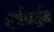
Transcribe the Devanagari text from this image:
हर्षबर्द्धन